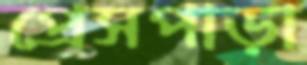
প্রেসপাড়া